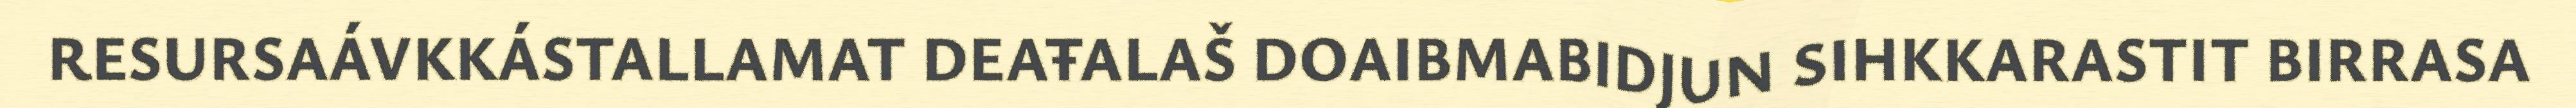
RESURSAÁVKKÁSTALLAMAT DEAŦALAŠ DOAIBMABIDJUN SIHKKARASTIT BIRRASA